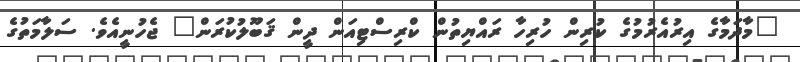
"މާދަމާގެ އިރުއެރުމުގެ ކުރިން ހުރިހާ ރައްޔިތުން ކްރިސްޓިއަން ދީން ޤަބޫލުކުރަން" ޖެހުނީއެވެ. ސަލާމަތުގެ